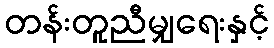
တန်းတူညီမျှရေးနှင့်